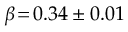
\beta \! = \! 0 . 3 4 \pm 0 . 0 1